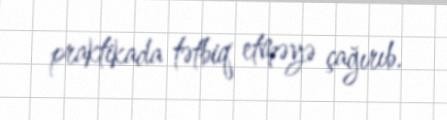
praktikada tətbiq etməyə çağırıb.